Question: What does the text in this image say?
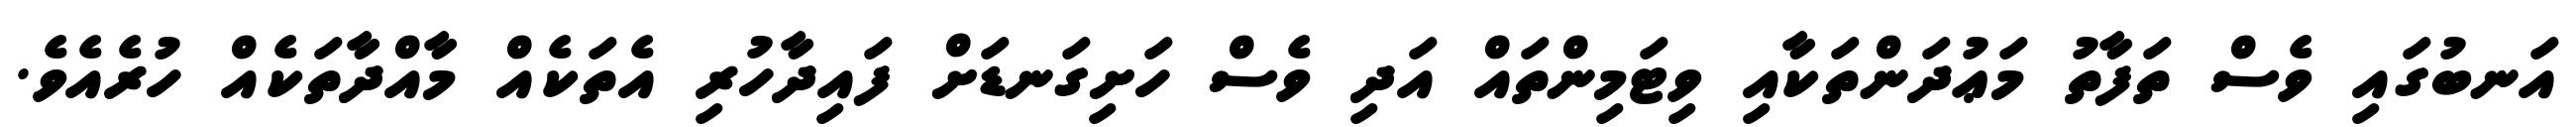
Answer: އަނބުގައި ވެސް ތަފާތު މަޢުދަންތަކާއި ވިޓަމިންތައް އަދި ވެސް ހަށިގަނޑަށް ފައިދާހުރި އެތަކެއް މާއްދާތަކެއް ހުރެއެވެ.